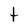
Character: t